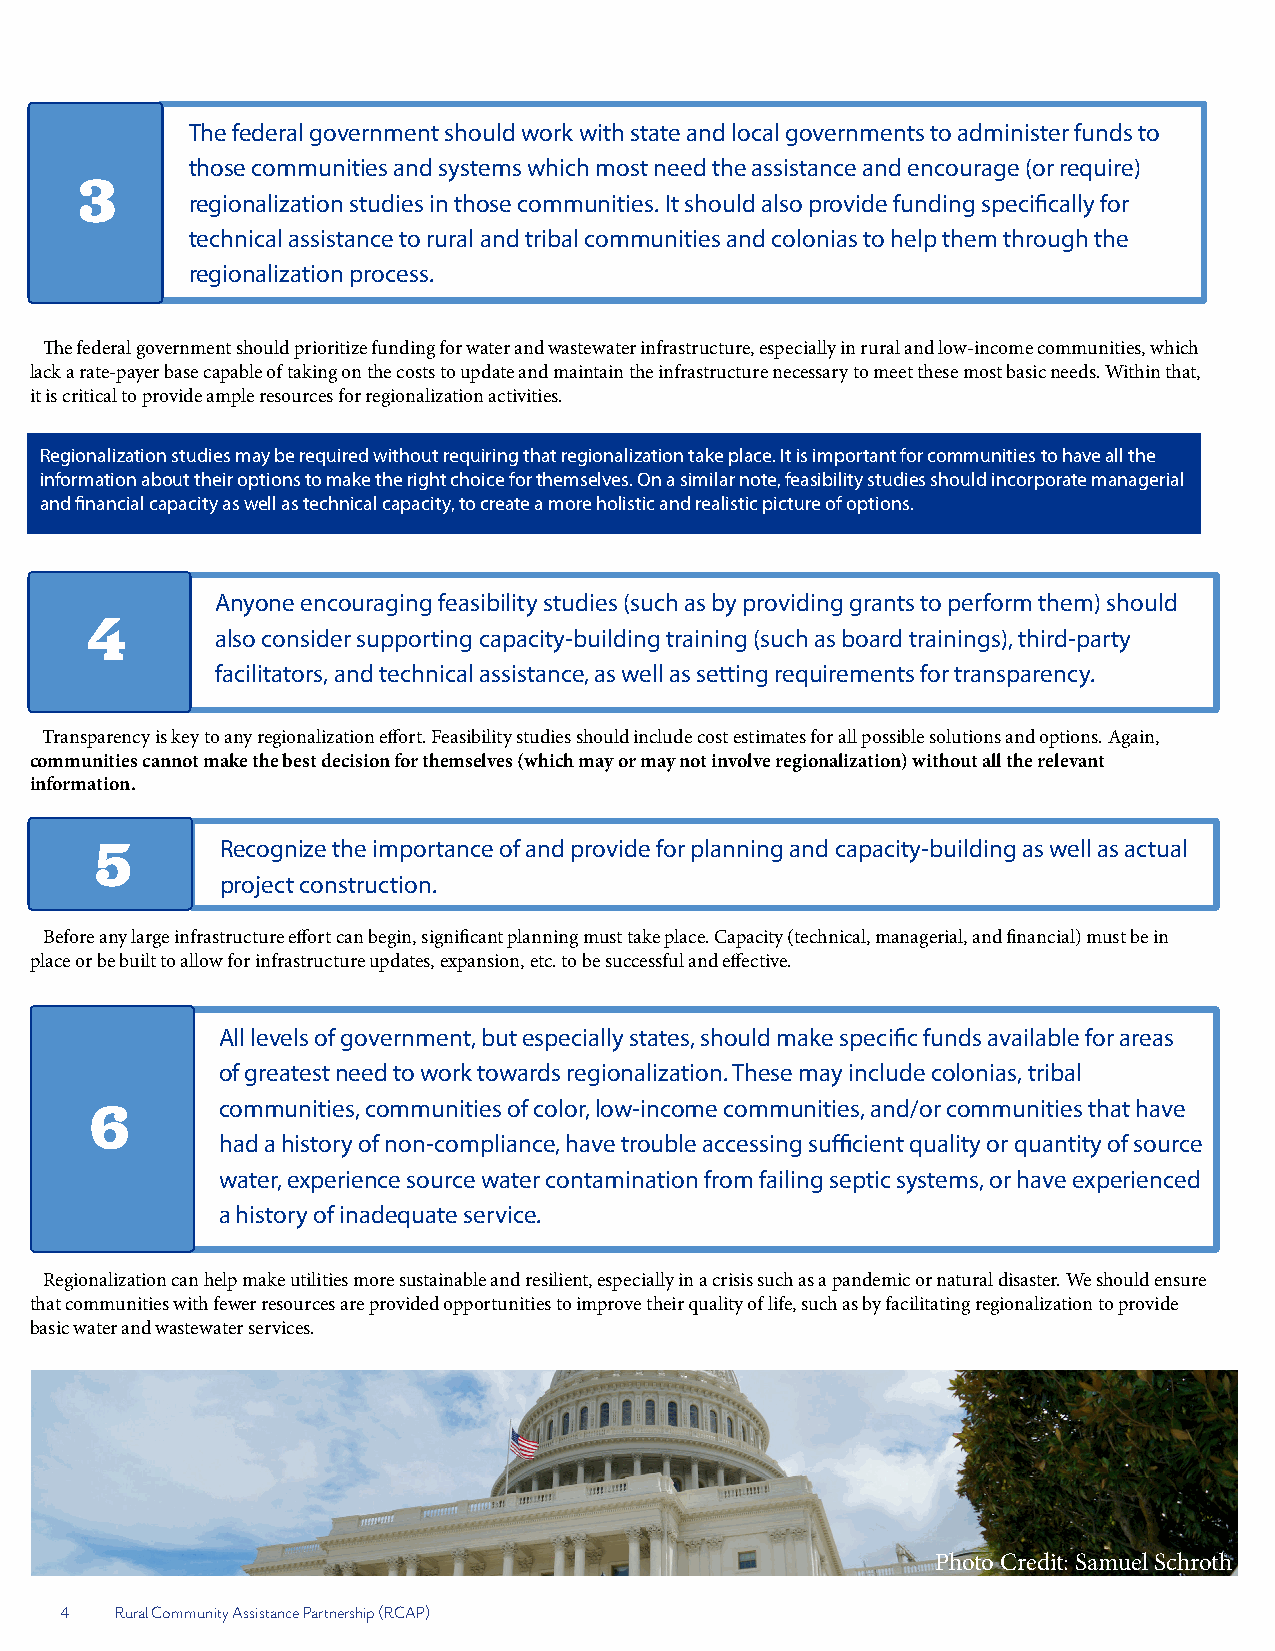
The federal government should work with state and local governments to administer funds to
 those communities and systems which most need the assistance and encourage (or require)
 3
 regionalization studies in those communities. It should also provide funding specifically for
 technical assistance to rural and tribal communities and colonias to help them through the
 regionalization process.
 The federal government should prioritize funding for water and wastewater infrastructure, especially in rural and low-income communities, which
 lack a rate-payer base capable of taking on the costs to update and maintain the infrastructure necessary to meet these most basic needs. Within that,
 it is critical to provide ample resources for regionalization activities.
 Regionalization studies may be required without requiring that regionalization take place. It is important for communities to have all the
 information about their options to make the right choice for themselves. On a similar note, feasibility studies should incorporate managerial
 and financial capacity as well as technical capacity, to create a more holistic and realistic picture of options.
 Anyone encouraging feasibility studies (such as by providing grants to perform them) should
 4
 also consider supporting capacity-building training (such as board trainings), third-party
 facilitators, and technical assistance, as well as setting requirements for transparency.
 Transparency is key to any regionalization effort. Feasibility studies should include cost estimates for all possible solutions and options. Again,
 communities cannot make the best decision for themselves (which may or may not involve regionalization) without all the relevant
 information.
 5        Recognize the importance of and provide for planning and capacity-building as well as actual
 project construction.
 Before any large infrastructure effort can begin, significant planning must take place. Capacity (technical, managerial, and financial) must be in
 place or be built to allow for infrastructure updates, expansion, etc. to be successful and effective.
 All levels of government, but especially states, should make specific funds available for areas
 of greatest need to work towards regionalization. These may include colonias, tribal
 6       communities, communities of color, low-income communities, and/or communities that have
 had a history of non-compliance, have trouble accessing sufficient quality or quantity of source
 water, experience source water contamination from failing septic systems, or have experienced
 a history of inadequate service.
 Regionalization can help make utilities more sustainable and resilient, especially in a crisis such as a pandemic or natural disaster. We should ensure
 that communities with fewer resources are provided opportunities to improve their quality of life, such as by facilitating regionalization to provide
 basic water and wastewater services.
 Photo Credit: Samuel Schroth
 4   Rural Community Assistance Partnership (RCAP)